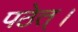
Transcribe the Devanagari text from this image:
पठेत्‌।